Lunatic asylums Bombay report 1891-1903 - 1891-1903
Year: 1891
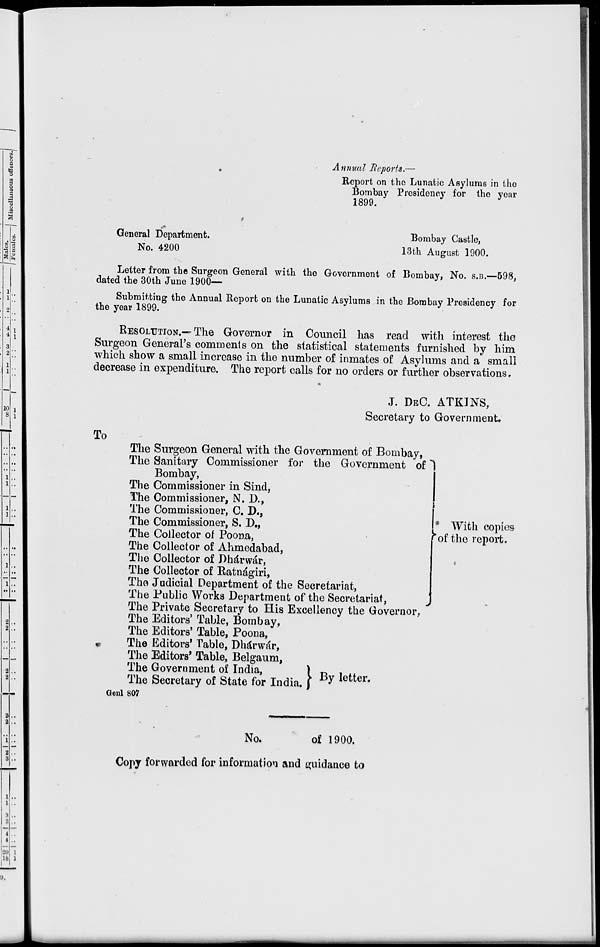
Annual Reports.—
Report on the Lunatic Asylums in the
Bombay Presidency for the year
1899.
General Department.
Bombay Castle,
No. 4200
13th August 1900.
Letter from the Surgeon General with the Government of Bombay, No. S.B.—598,
dated the 30th June 1900—
Submitting the Annual Report on the Lunatic Asylums in the Bombay Presidency for
the year 1899.
RESOLUTION.—The Governor in Council has read with interest the
Surgeon General's comments on the statistical statements furnished by him
which show a small increase in the number of inmates of Asylums and a small
decrease in expenditure. The report calls for no orders or further observations.
J. DEC. ATKINS,
Secretary to Government.
To
The Surgeon General with the Government of Bombay,
The Sanitary Commissioner for the Government of
Bombay,
The Commissioner in Sind,
The Commissioner, N. D.,
The Commissioner, C. D.,
The Commissioner, S. D.,
The Collector of Poona,
The Collector of Ahmedabad,
The Collector of Dhárwár,
The Collector of Ratnágiri,
The Judicial Department of the Secretariat,
The Public Works Department of the Secretariat,
The Private Secretary to His Excellency the Governor,
The Editors' Table, Bombay,
The Editors' Table, Poona,
The Editors' Table, Dhárwár,
The Editors' Table, Belgaum,
The Government of India,
The Secretary of State for India.
By letter.
Genl 807
With copies
of the report.
No.
of 1900.
Copy forwarded for information and guidance to